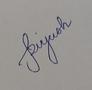
Signature authenticity: genuine